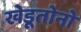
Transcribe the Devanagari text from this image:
खेडूतोनो